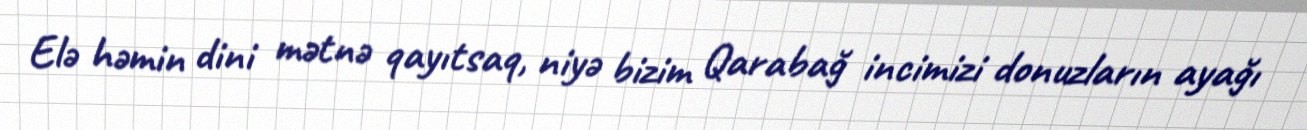
Elə həmin dini mətnə qayıtsaq, niyə bizim Qarabağ incimizi donuzların ayağı